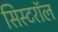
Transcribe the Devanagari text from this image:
सिस्टरॉल